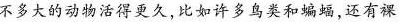
不多大的动物活得更久，比如许多鸟类和端竭，还有裸